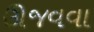
ઊજવવા